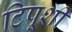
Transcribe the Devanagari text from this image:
टिपूशी